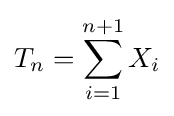
T_{n}=\sum _{i=1}^{n+1}X_{i}